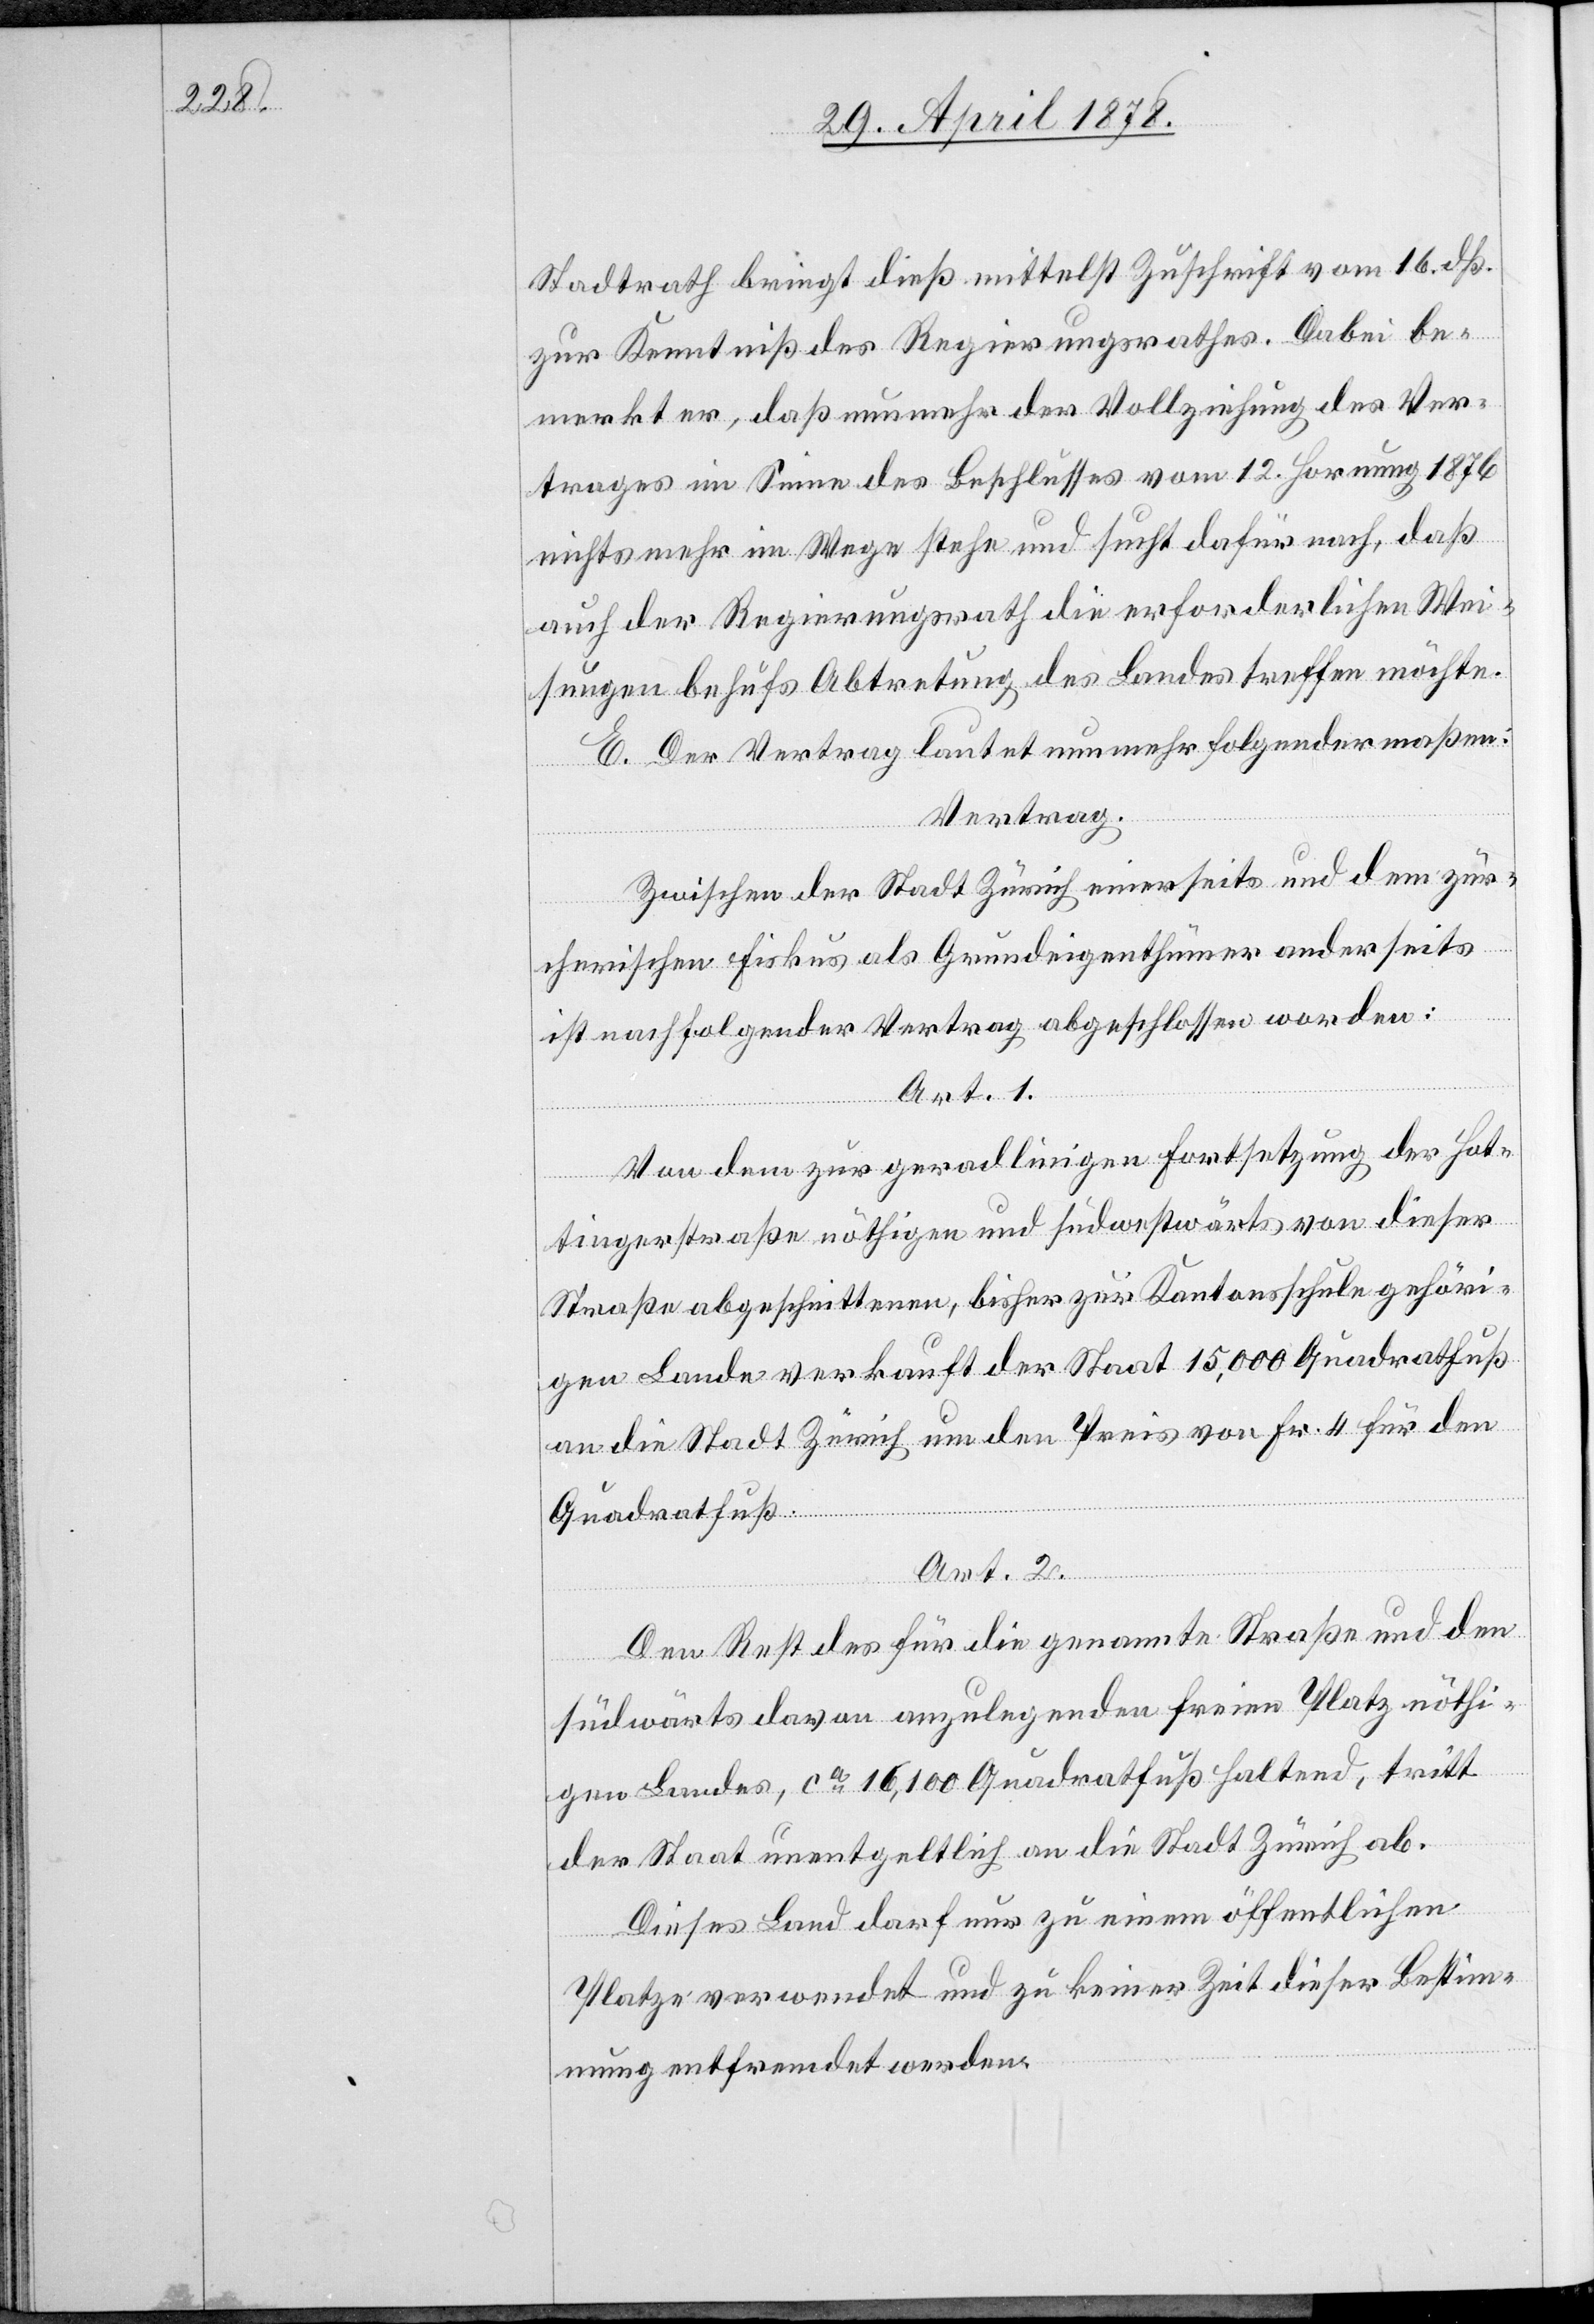
Stadtrath bringt dieß mittelst Zuschrift vom 16. dß.
zur Kenntniß des Regierungsrathes. Dabei be¬
merkt er, daß nunmehr der Vollziehung des Ver¬
trages im Sinne des Beschlusses vom 12. Hornung 1876
nichts mehr im Wege stehe und sucht dafür nach, daß
auch der Regierungsrath die erforderlichen Wei¬
sungen behufs Abtretung des Landes treffen möchte.
E. Der Vertrag lautet nunmehr folgendermaßen:
Vertrag.
Zwischen der Stadt Zürich einerseits und dem zür¬
cherischen Fiskus als Grundeigenthümer anderseits
ist nachfolgender Vertrag abgeschlossen worden:
Art. 1.
Von dem zur geradlinigen Fortsetzung der Hot¬
tingerstraße nöthigen und südwestwärts von dieser
Straße abgeschnittenen, bisher zur Kantonsschule gehöri¬
gen Lande verkauft der Staat 15,000 Quadratfuß
an die Stadt Zürich um den Preis von Fr. 4 für den
Quadratfuß.
Art. 2.
Den Rest des für die genannte Straße und den
südwärts davon anzulegenden freien Platz nöthi¬
gen Landes, ca 16,100 Quadratfuß haltend, tritt
der Staat unentgeltlich an die Stadt Zürich ab.
Dieses Land darf nur zu einem öffentlichen
Platze verwendet und zu keiner Zeit dieser Bestimm¬
ung entfremdet werden.